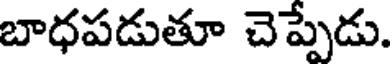
బాధపడుతూ చెప్పెడు.